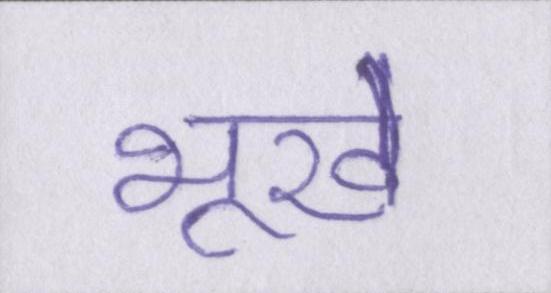
भूखे